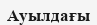
Ауылдағы